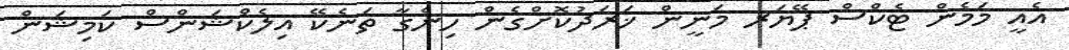
އެއީ މަމެން ޓެކްސް ޕޭޔަރ މަނީން ޚަރަދުކޮށްގެން ހިންގާ ތަނެކޭ އިލެކްޝަންސް ކަމިޝަން